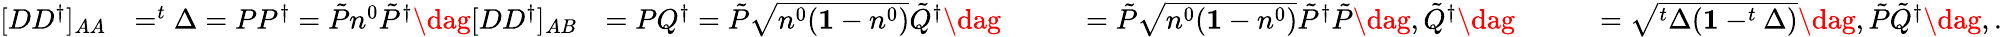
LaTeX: \begin{array}{rlrlr}{[DD^{\dagger}]_{AA}}&{=^{t}\Delta=PP^{\dagger}=\tilde{P}n^{0}\tilde{P}^{\dagger}\dag[DD^{\dagger}]_{AB}}&{=PQ^{\dagger}=\tilde{P}\sqrt{n^{0}(\mathbf{1}-n^{0})}\tilde{Q}^{\dagger}\dag}&{\qquad=\tilde{P}\sqrt{n^{0}(\mathbf{1}-n^{0})}\tilde{P}^{\dagger}\tilde{P}\dag,\tilde{Q}^{\dagger}\dag}&{\qquad=\sqrt{^t\Delta(\mathbf{1}-^{t}\Delta)}\dag,\tilde{P}\tilde{Q}^{\dagger}\dag,.}\end{array}